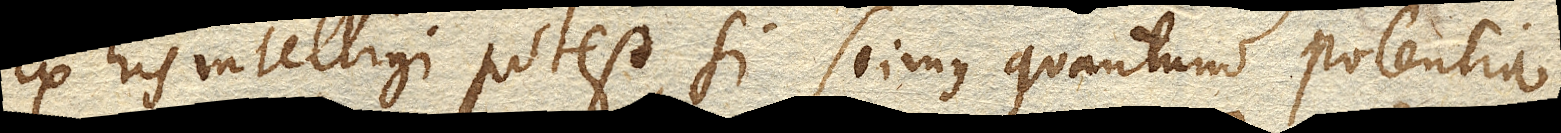
Ex his intelligi potest, si scimus quantum potentia